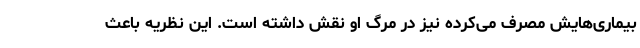
بیماری‌هایش مصرف می‌کرده نیز در مرگ او نقش داشته است. این نظریه باعث